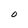
Character: O